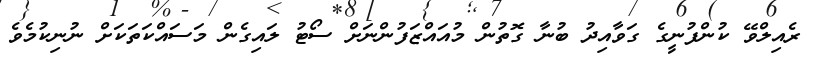
ރެއިލްވޭ ކުންފުނީގެ ގަވާއިދު ބުނާ ގޮތުން މުއައްޒަފުންނަށް ސޯޓު ލައިގެން މަސައްކަތަކަށް ނުނިކުމެވެ